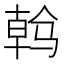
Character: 𱅠